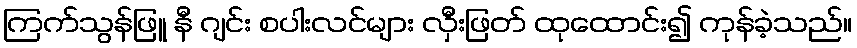
ကြက်သွန်ဖြူ နီ ဂျင်း စပါးလင်များ လှီးဖြတ် ထုထောင်း၍ ကုန်ခဲ့သည်။